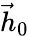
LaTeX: \vec{h}_{0}